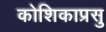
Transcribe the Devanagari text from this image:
कोशिकाप्रसु